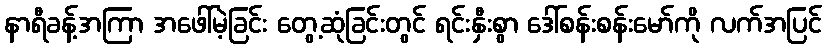
နာရီခန့်အကြာ အဖေါ်မဲ့ခြင်း တွေ့ဆုံခြင်းတွင် ရင်းနှီးစွာ ဒေါ်စန်းစန်းမော်ကို လက်အပြင်